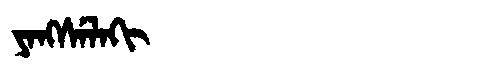
Manchu: ᠶᠠᠩᠰᡝᠯᠠᡴᡳ
Romanization: YANGSELAKI